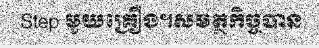
Step មួយគ្រឿង។សមត្ថកិច្ចបាន